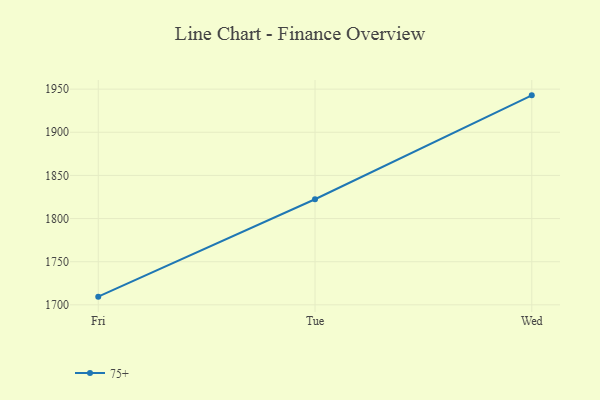
{"axis": {"x": "Day", "y": "Bounce Rate (%)"}, "legend": ["75+"], "data": [{"x": "Fri", "y": 1709.5, "type": "75+"}, {"x": "Tue", "y": 1822.4, "type": "75+"}, {"x": "Wed", "y": 1942.8, "type": "75+"}]}